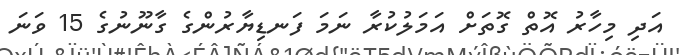
އަދި މިހާރު އޮތް ގޮތަށް އަމަލުކުރާ ނަމަ ފަނޑިޔާރުންގެ ގާނޫނުގެ 15 ވަނަ